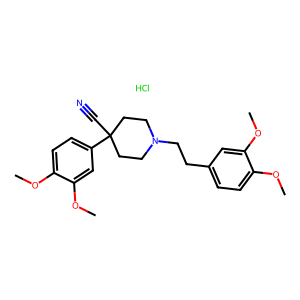
SMILES: COc1ccc(CCN2CCC(C#N)(c3ccc(OC)c(OC)c3)CC2)cc1OC.Cl
Inhibits HIV replication: No